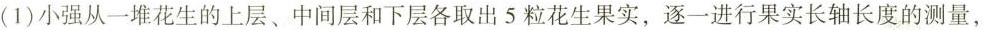
(1)小强从一堆花生的上层、中间层和下层各取出5粒花生果实，逐一进行果实长轴长度的测量，